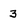
Character: 3